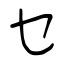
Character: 乜